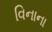
વિનાના